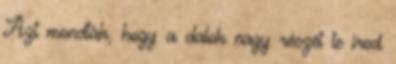
Azt mondták, hogy a dalok nagy részét te írod